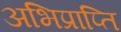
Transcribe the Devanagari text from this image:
अभिप्राप्ति